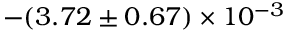
- ( 3 . 7 2 \pm 0 . 6 7 ) \times 1 0 ^ { - 3 }